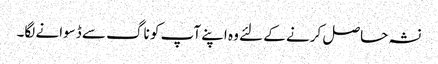
نشہ حاصل کرنے کے لئے وہ اپنے آپ کو ناگ سے ڈسوانے لگا۔